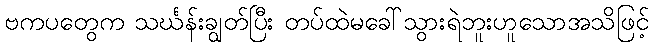
ဗကပတွေက သင်္ဃန်းချွတ်ပြီး တပ်ထဲမခေါ်သွားရဲဘူးဟူသောအသိဖြင့်